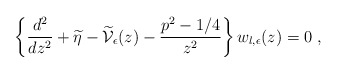
\begin{align*}\left\{\frac{d^{2}}{dz^{2}} + \widetilde{\eta} -\widetilde{\mathcal V}_{\epsilon}(z) - \frac{ p^{2} - 1/4 }{z^{2}}\right\}w_{l,\epsilon} (z) = 0\; ,\end{align*}